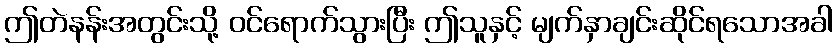
ဤတဲနန်းအတွင်းသို့ ဝင်ရောက်သွားပြီး ဤသူနှင့် မျက်နှာချင်းဆိုင်ရသောအခါ